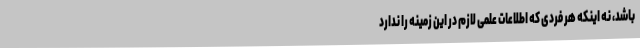
باشد، نه اینکه هر فردی که اطلاعات علمی لازم در این زمینه را ندارد